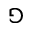
\Game